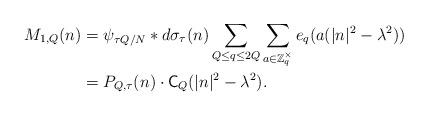
LaTeX: \begin{align*} M_{1,Q} (n) & = \psi _{\tau Q/N} \ast d \sigma _{\tau } (n) \sum_{Q\leq q \leq 2Q} \sum_{a \in \mathbb Z ^{\times } _{q}} e_q (a( \lvert n\rvert ^2 - \lambda ^2 ) )\\ & = P_{Q, \tau } (n) \cdot \mathsf C _{Q} ( \lvert n\rvert ^2 - \lambda ^2 ) . \end{align*}